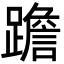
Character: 䠨